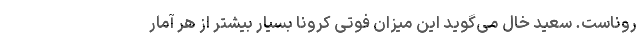
روناست. سعید خال می‌گوید این میزان فوتی کرونا بسیار بیشتر از هر آمار